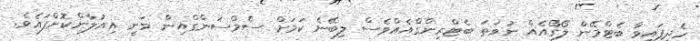
ހެދިފައިވާ ބެޓްމޭން ލޯގޯއެއް ނުވަތަ ބެޓްރިންގްއެއްވެސް ލިބޭނެ ކަމަށް ސެމްސަންގްއިން ވަނީ އިއުލާންކޮށްފައެވެ.